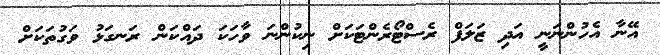
އޭނާ އެހުންނަނީ އަދި ޒަލަފް ރެސްޓޯރެންޓަކަށް ނިކުންނަ ވާހަކަ ދައްކަން ރަނގަޅު ވަގުތަަކަށް